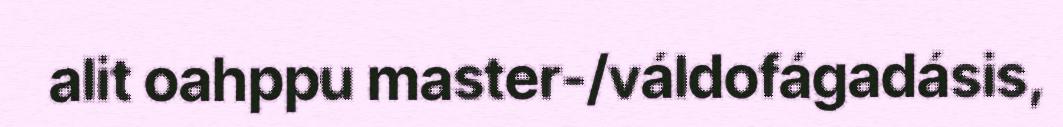
alit oahppu master-/váldofágadásis,